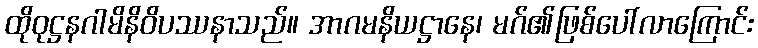
ထိုဝုဋ္ဌနဂါမိနိဝိပဿနာသည်။ အာဂမနိယဋ္ဌာနေ၊ မဂ်၏ဖြစ်ပေါ်လာကြောင်း